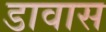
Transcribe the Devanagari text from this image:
डावास